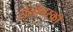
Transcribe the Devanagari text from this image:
टोलोनस्की